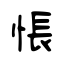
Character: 悵